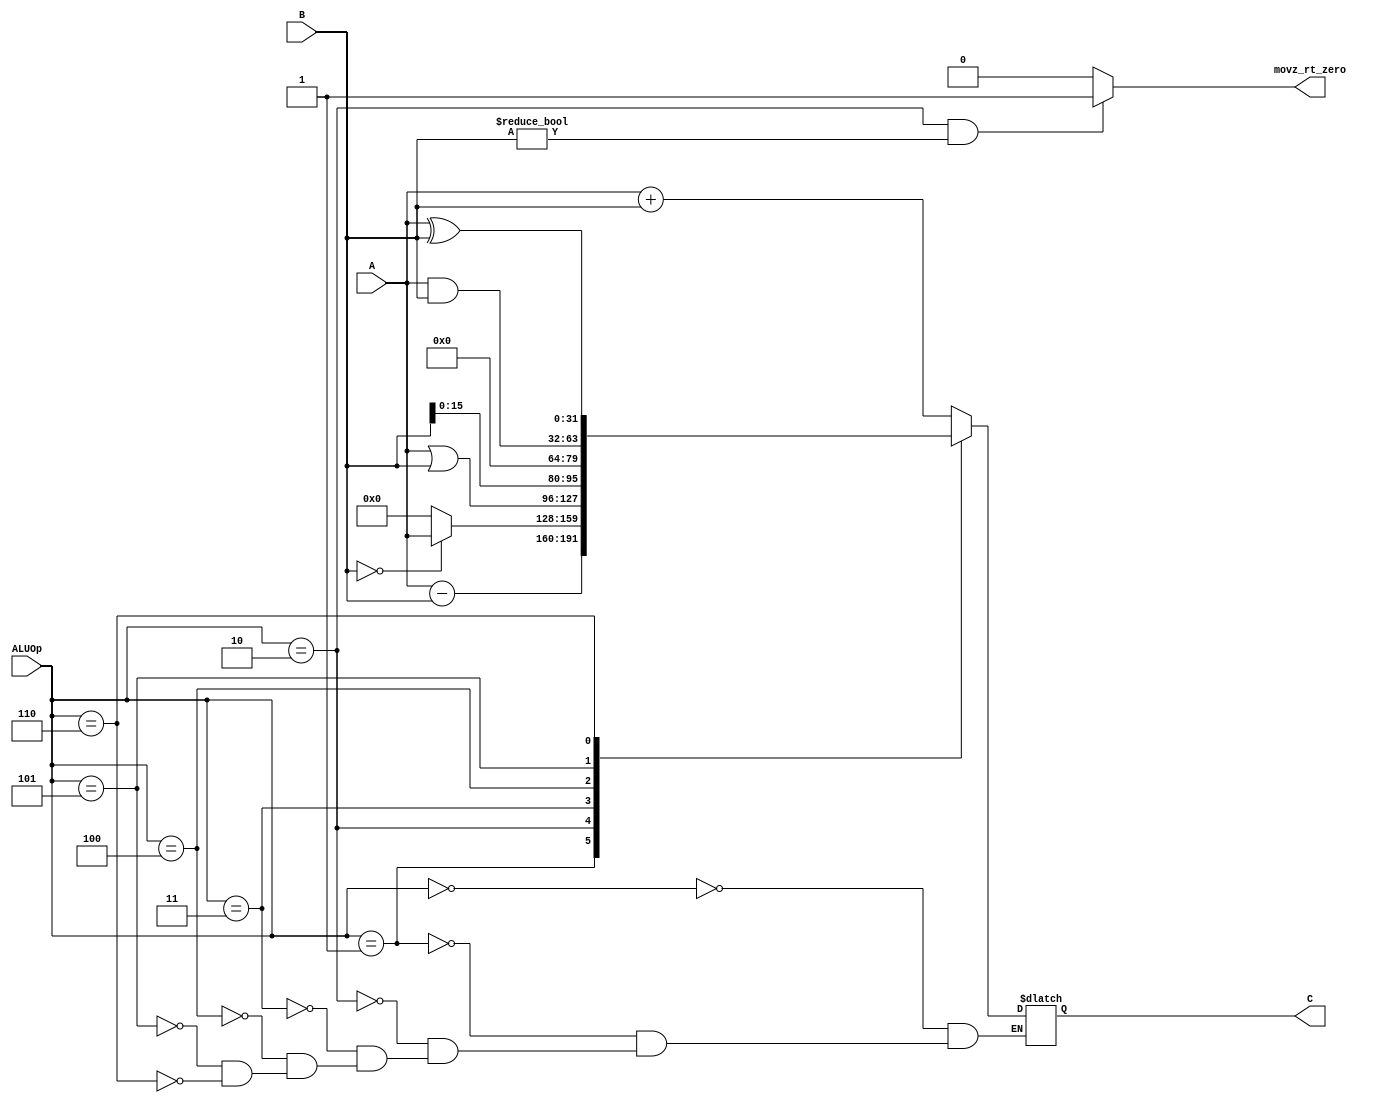
`timescale 1ns / 1ps
//////////////////////////////////////////////////////////////////////////////////
// Company: 
// Engineer: 
// 
// Design Name: 
// Module Name:    alu 
// Project Name: 
// Target Devices: 
// Tool versions: 
// Description: 
//
// Dependencies: 
//
// Revision: 
// Revision 0.01 - File Created
// Additional Comments: 
//
//////////////////////////////////////////////////////////////////////////////////

//`include "sign_compare.v"

module alu(
    input [31:0] A,
    input [31:0] B,
    input [2:0] ALUOp,
	 output movz_rt_zero,
    output reg [31:0] C
    );
	

	 always @(A or B or ALUOp) begin
		case(ALUOp)
			3'b000: C = A + B;//addu, lw, sw, jal, jr, j, beq, bne, sll, srl
			3'b001: C = A - B;//subu
			3'b010: C = (B == 0)?A:0;//movz
			3'b011: C = A | B;//ori,or
			3'b100: C = B<<16;//lui
			3'b101: C = A & B;//and
			3'b110: C = A ^ B;//xor
		endcase
	 end
	 
	 assign movz_rt_zero = ((ALUOp == 3'b010)&&(B != 0))?1:0;//100


endmodule